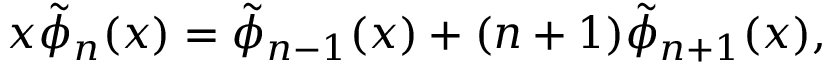
x \tilde { \phi } _ { n } ( x ) = \tilde { \phi } _ { n - 1 } ( x ) + ( n + 1 ) \tilde { \phi } _ { n + 1 } ( x ) ,